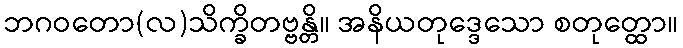
ဘဂဝတော(လ)သိက္ခိတဗ္ဗန္တိ။ အနိယတုဒ္ဒေသော စတုတ္ထော။